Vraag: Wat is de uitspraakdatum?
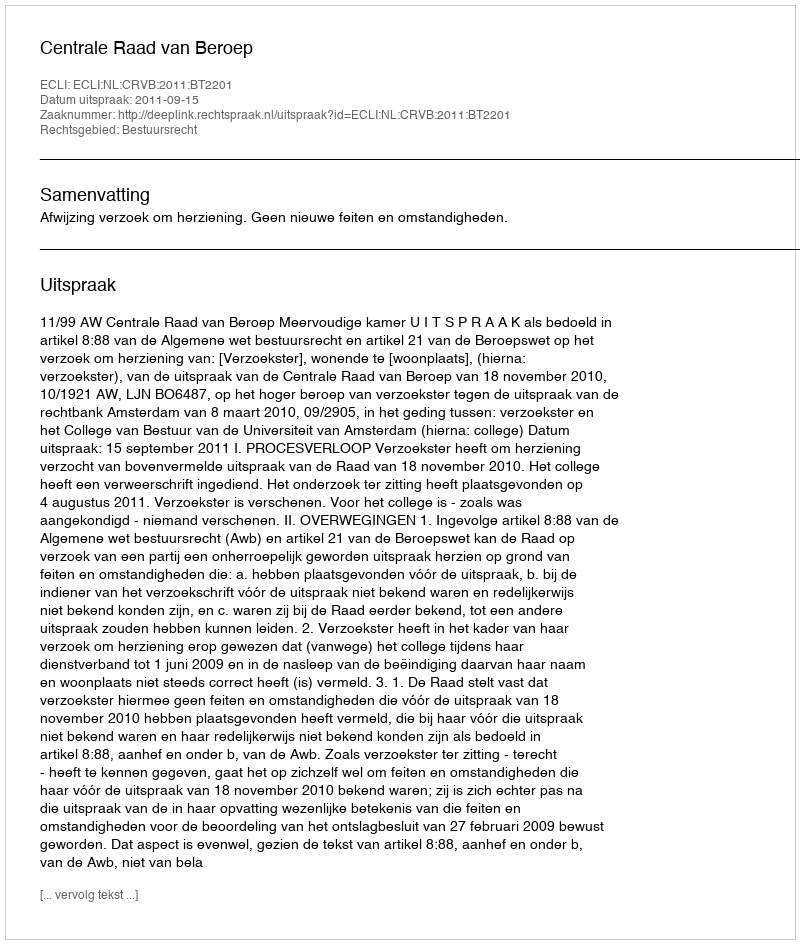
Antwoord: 2011-09-15